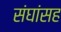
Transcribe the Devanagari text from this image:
संघांसह